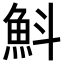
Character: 𩵬